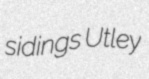
sidings Utley